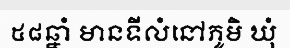
៥៨ឆ្នាំ មានទីលំនៅភូមិ ឃុំ